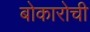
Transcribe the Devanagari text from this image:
बोकारोची